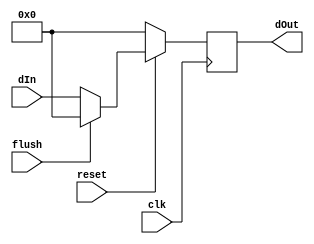
`timescale 1ns / 1ps
//////////////////////////////////////////////////////////////////////////////////
// Company: 
// Engineer: 
// 
// Design Name: 
// Module Name: flush_reg
// Project Name: 
// Target Devices: 
// Tool Versions: 
// Description: 
// 
// Dependencies: 
// 
// Revision:
// Revision 0.01 - File Created
// Additional Comments:
// 
//////////////////////////////////////////////////////////////////////////////////


module flush_reg #(parameter width = 32)
   (input clk,reset,flush,
    input [width-1 : 0]     dIn,
    output reg [width-1 :0] dOut);
   always @(posedge clk )
   begin
        if(reset==0)
          dOut <=32'h00000000;
        else if (flush)
          // if(!den)
          dOut <=32'h00000000;
        else  
            dOut <= dIn;
     end
 
endmodule // Reg